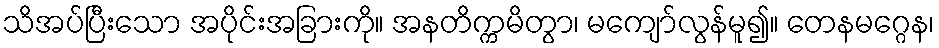
သိအပ်ပြီးသော အပိုင်းအခြားကို။ အနတိက္ကမိတွာ၊ မကျော်လွန်မူ၍။ တေနမဂ္ဂေန၊